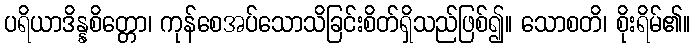
ပရိယာဒိန္နစိတ္တော၊ ကုန်စေအပ်သောသိခြင်းစိတ်ရှိသည်ဖြစ်၍။ သောစတိ၊ စိုးရိမ်၏။